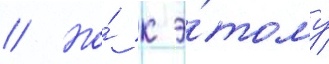
// Но́ к э́тому